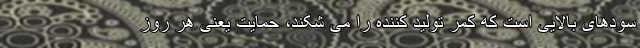
سودهای بالایی است که کمر تولید کننده را می شکند، حمایت یعنی هر روز